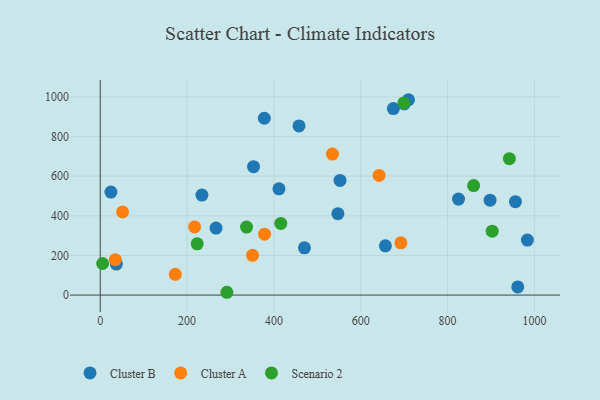
{"axis": {"x": "Ad Spend", "y": "Sales"}, "legend": ["Cluster A", "Cluster B", "Scenario 2"], "data": [{"x": "675.2", "y": 941.1, "type": "Cluster B"}, {"x": "552.3", "y": 578.3, "type": "Cluster B"}, {"x": "710.0", "y": 985.8, "type": "Cluster B"}, {"x": "897.9", "y": 478.8, "type": "Cluster B"}, {"x": "353.1", "y": 648.0, "type": "Cluster B"}, {"x": "266.7", "y": 338.1, "type": "Cluster B"}, {"x": "700.2", "y": 965.0, "type": "Cluster B"}, {"x": "470.3", "y": 238.6, "type": "Cluster B"}, {"x": "24.6", "y": 519.6, "type": "Cluster B"}, {"x": "961.6", "y": 41.2, "type": "Cluster B"}, {"x": "411.6", "y": 536.0, "type": "Cluster B"}, {"x": "547.4", "y": 410.8, "type": "Cluster B"}, {"x": "956.3", "y": 471.1, "type": "Cluster B"}, {"x": "234.2", "y": 504.4, "type": "Cluster B"}, {"x": "825.2", "y": 484.2, "type": "Cluster B"}, {"x": "37.1", "y": 156.4, "type": "Cluster B"}, {"x": "656.8", "y": 248.6, "type": "Cluster B"}, {"x": "983.8", "y": 277.7, "type": "Cluster B"}, {"x": "457.8", "y": 853.6, "type": "Cluster B"}, {"x": "377.9", "y": 892.3, "type": "Cluster B"}, {"x": "172.8", "y": 104.8, "type": "Cluster A"}, {"x": "642.3", "y": 603.7, "type": "Cluster A"}, {"x": "217.4", "y": 343.7, "type": "Cluster A"}, {"x": "692.4", "y": 263.7, "type": "Cluster A"}, {"x": "378.4", "y": 307.4, "type": "Cluster A"}, {"x": "51.4", "y": 419.7, "type": "Cluster A"}, {"x": "350.8", "y": 200.4, "type": "Cluster A"}, {"x": "34.8", "y": 178.8, "type": "Cluster A"}, {"x": "534.8", "y": 711.5, "type": "Cluster A"}, {"x": "860.0", "y": 552.7, "type": "Scenario 2"}, {"x": "942.3", "y": 688.5, "type": "Scenario 2"}, {"x": "337.0", "y": 343.2, "type": "Scenario 2"}, {"x": "902.8", "y": 322.3, "type": "Scenario 2"}, {"x": "415.9", "y": 361.6, "type": "Scenario 2"}, {"x": "5.5", "y": 159.2, "type": "Scenario 2"}, {"x": "699.3", "y": 969.7, "type": "Scenario 2"}, {"x": "291.7", "y": 14.1, "type": "Scenario 2"}, {"x": "223.3", "y": 258.5, "type": "Scenario 2"}]}